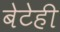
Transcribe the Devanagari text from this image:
बेटेही